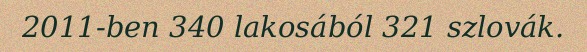
2011-ben 340 lakosából 321 szlovák.